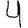
Digit: 4